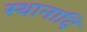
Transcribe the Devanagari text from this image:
स्थानादि